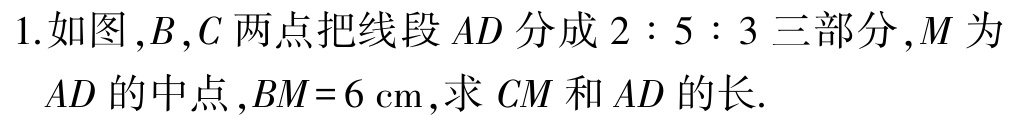
1.如图,\(B\),\(C\)两点把线段\(AD\)分成\(2:5:3\)三部分,\(M\)为\(AD\)的中点,\(BM = 6\mathrm{cm}\),求\(CM\)和\(AD\)的长.